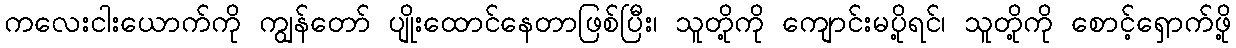
ကလေးငါးယောက်ကို ကျွန်တော် ပျိုးထောင်နေတာဖြစ်ပြီး၊ သူတို့ကို ကျောင်းမပို့ရင်၊ သူတို့ကို စောင့်ရှောက်ဖို့